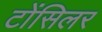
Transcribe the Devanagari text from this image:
टोंसिलर